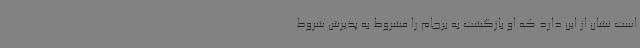
است نشان از این دارد که او بازگشت به برجام را مشروط به پذیرش شروط